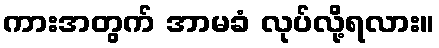
ကားအတွက် အာမခံ လုပ်လို့ရလား။